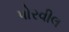
પોરવીલ